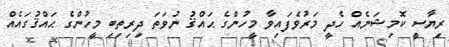
ރިޔާސީ ކޮމިޝަނެއް ހެދީ މަރުވެފައިވާ މީހުންގެ ޙައްޤު ނުވަތަ ދިރިތިބި މީހުންގެ ޙައްޤުގައެއް